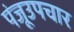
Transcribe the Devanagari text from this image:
पंजूउपचार